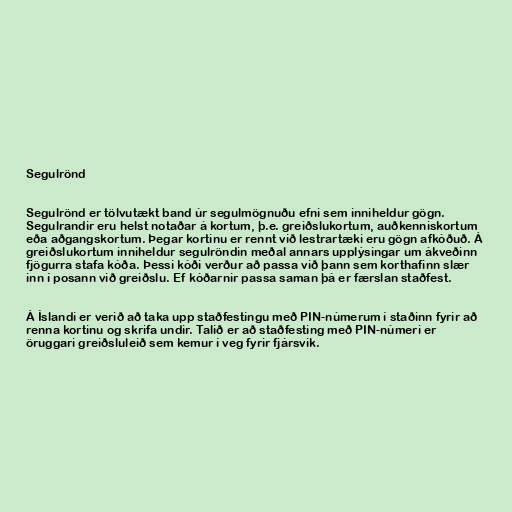
Segulrönd

Segulrönd er tölvutækt band úr segulmögnuðu efni sem inniheldur gögn.
Segulrandir eru helst notaðar á kortum, þ.e. greiðslukortum, auðkenniskortum
eða aðgangskortum. Þegar kortinu er rennt við lestrartæki eru gögn afkóðuð. Á
greiðslukortum inniheldur segulröndin meðal annars upplýsingar um ákveðinn
fjögurra stafa kóða. Þessi kóði verður að passa við þann sem korthafinn slær
inn í posann við greiðslu. Ef kóðarnir passa saman þá er færslan staðfest.

Á Íslandi er verið að taka upp staðfestingu með PIN-númerum í staðinn fyrir að
renna kortinu og skrifa undir. Talið er að staðfesting með PIN-númeri er
öruggari greiðsluleið sem kemur í veg fyrir fjársvik.